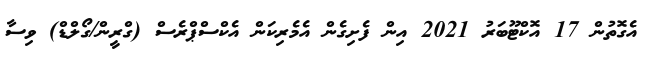
އެގޮތުން 17 އޮކްޓޫބަރު 2021 އިން ފެށިގެން އެމެރިކަން އެކްސްޕްރެސް (ގްރީން/ގޯލްޑް) ވިސާ